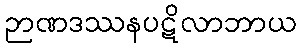
ဉာဏဒဿနပဋိလာဘာယ